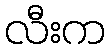
လီးက